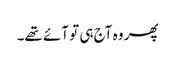
پھر وہ آج ہی تو آئے تھے۔